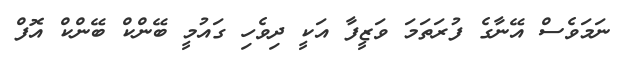
ނަމަވެސް އޭނާގެ ފުރަތަމަ ވަޒީފާ އަކީ ދިވެހި ގައުމީ ބޭންކް ބޭންކް އޮފް